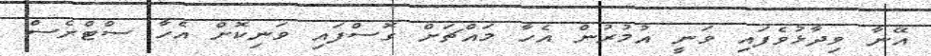
އޭނާ ވިދާޅުވެފައި ވަނީ އުމުރުން އެހާ މައްޗަށް ގޮސްފައި ވަނިކޮށް އެހާ ސްޓްރެސް